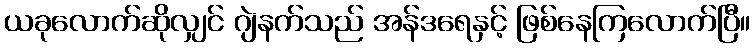
ယခုလောက်ဆိုလျှင် ဂျဲနက်သည် အန်ဒရေနှင့် ဖြစ်နေကြလောက်ပြီ။